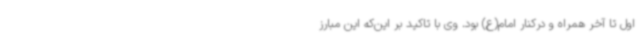
اول تا آخر همراه و درکنار امام(ع) بود. وی با تاکید بر این‌که این مبارز